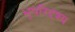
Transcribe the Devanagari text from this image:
भूपरिदृश्य